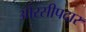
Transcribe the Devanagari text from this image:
औरसीपदार